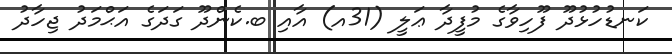
ކަނޑުހުޅުދޫ ފޫހިވާގެ މުފީދާ ޢަލީ (31އ) އާއި ބ.ކެންދޫ ގަދަގެ އަޙްމަދު ޖިހާދު